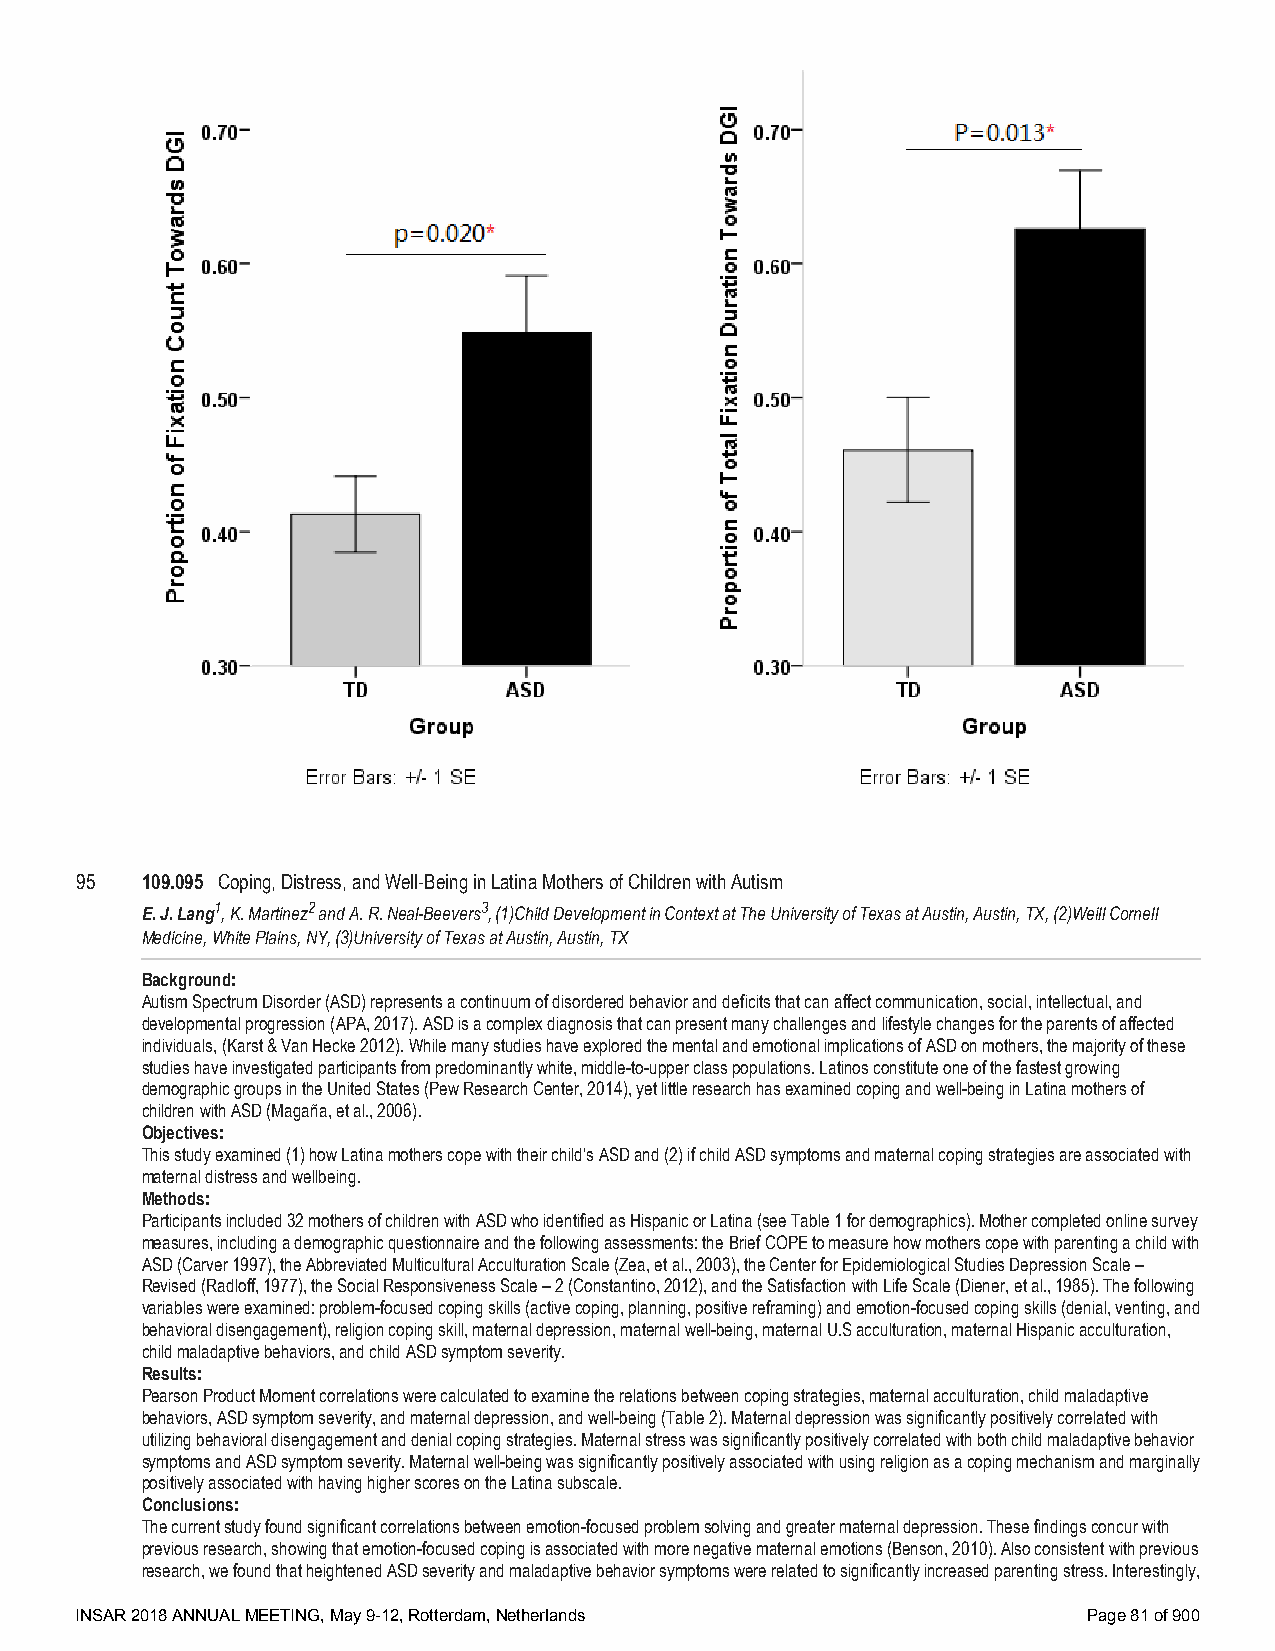
95  109.095 Coping, Distress, and Well-Being in Latina Mothers of Children with Autism
 E. J. Lang1, K. Martinez2 and A. R. Neal-Beevers3, (1)Child Development in Context at The University of Texas at Austin, Austin, TX, (2)Weill Cornell
 Medicine, White Plains, NY, (3)University of Texas at Austin, Austin, TX
 Background:
 Autism Spectrum Disorder (ASD) represents a continuum of disordered behavior and deficits that can affect communication, social, intellectual, and
 developmental progression (APA, 2017). ASD is a complex diagnosis that can present many challenges and lifestyle changes for the parents of affected
 individuals, (Karst & Van Hecke 2012). While many studies have explored the mental and emotional implications of ASD on mothers, the majority of these
 studies have investigated participants from predominantly white, middle-to-upper class populations. Latinos constitute one of the fastest growing
 demographic groups in the United States (Pew Research Center, 2014), yet little research has examined coping and well-being in Latina mothers of
 children with ASD (Magaña, et al., 2006).
 Objectives:
 This study examined (1) how Latina mothers cope with their child’s ASD and (2) if child ASD symptoms and maternal coping strategies are associated with
 maternal distress and wellbeing.
 Methods:
 Participants included 32 mothers of children with ASD who identified as Hispanic or Latina (see Table 1 for demographics). Mother completed online survey
 measures, including a demographic questionnaire and the following assessments: the Brief COPE to measure how mothers cope with parenting a child with
 ASD (Carver 1997), the Abbreviated Multicultural Acculturation Scale (Zea, et al., 2003), the Center for Epidemiological Studies Depression Scale –
 Revised (Radloff, 1977), the Social Responsiveness Scale – 2 (Constantino, 2012), and the Satisfaction with Life Scale (Diener, et al., 1985). The following
 variables were examined: problem-focused coping skills (active coping, planning, positive reframing) and emotion-focused coping skills (denial, venting, and
 behavioral disengagement), religion coping skill, maternal depression, maternal well-being, maternal U.S acculturation, maternal Hispanic acculturation,
 child maladaptive behaviors, and child ASD symptom severity.
 Results:
 Pearson Product Moment correlations were calculated to examine the relations between coping strategies, maternal acculturation, child maladaptive
 behaviors, ASD symptom severity, and maternal depression, and well-being (Table 2). Maternal depression was significantly positively correlated with
 utilizing behavioral disengagement and denial coping strategies. Maternal stress was significantly positively correlated with both child maladaptive behavior
 symptoms and ASD symptom severity. Maternal well-being was significantly positively associated with using religion as a coping mechanism and marginally
 positively associated with having higher scores on the Latina subscale.
 Conclusions:
 The current study found significant correlations between emotion-focused problem solving and greater maternal depression. These findings concur with
 previous research, showing that emotion-focused coping is associated with more negative maternal emotions (Benson, 2010). Also consistent with previous
 research, we found that heightened ASD severity and maladaptive behavior symptoms were related to significantly increased parenting stress. Interestingly,
 INSAR 2018 ANNUAL MEETING, May 9-12, Rotterdam, Netherlands        Page 81 of 900